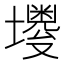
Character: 𪤫